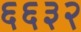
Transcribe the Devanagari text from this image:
६६३२